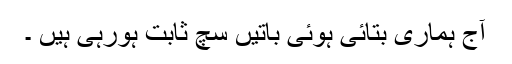
آج ہماری بتائی ہوئی باتیں سچ ثابت ہورہی ہیں ۔